Statistical return of the lunatic asylum in Assam - 1912-1932
Year: 1912
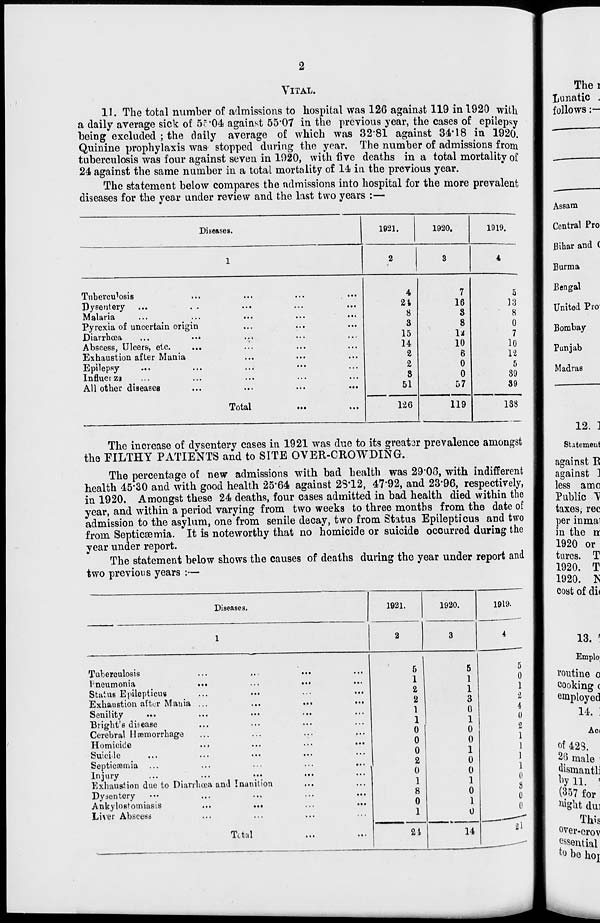
2
VITAL.
11. The total number of admissions to hospital wa9 126 against 119 in 1920 with
a daily average sick of 5c*04 against 55*07 in the previous year, the cases of epilepsy
being excluded ; the daily average of which was 3281 against 34*18 in 1920.
Quinine prophylaxis was stopped during the year. The number of admissions from
tuberculosis was four against seven in 1020, with five deaths in a total mortality of
24 against the same number in a total mortality of 14 in the previous year.
The statement below compares the admissions into hospital for the more prevalent
diseases for the year under review and the last two years :—
Di ceases.
1921.
1920.
1919.
1
2
3
4
Tuberculosis
4
7
5
Dysentery
•. •
...
...
21
16
13
Malaria
i..
,..
...
8
8
" 8
Pyrexia of uncertain origin
•..
...
...
3
8
0
Diarrhoea
...
..*
...
15
1*
7
Abscess, Ulcers, etc.
14
10
10
Exhaustion after Mania
...
...
2
6
12
Epilepsy
•..
...
...
2
0
5
Influer za
.. ■
...
8
0
89
All other diseases
Total
•••
...
51
57
89
126
119
138
The increase of dysentery cases in 1921 w T as due to its greater prevalence amongst
the FILTHY PATIENTS and to SITE OVER-CROWDING.
The percentage of new admissions with bad health was 2908, with indifferent
health 45*30 and with good health 25*64 against 2S\L2, 47*92, and 23*96, respectively,
in 1920. Amongst these 24 deaths, four cases admitted in bad health died within the
year, and within a period varying from two weeks to three months from the date of
admission to the asylum, one from senile decay, two from Status Epilepticus and two
from Septicaemia. It is noteworthy that no homicide or suicide occurred during the
year under report.
The statement below shows the causes of deaths during the year under report and
two previous years :—
Diseases.
1921.
1920.
1919.
1
2
3
4
Tuberculosis
i'neumonia
...
...
..•
Status Epilepticus
Exhaustion after Mania ...
...
...
Senility
Blight's disease
Cerebral Haemorrhage
Homicide
..J
Suicide
...
Septicaemia ...
...
...
...
...
Injury
...
...
• ••
Exhaustion due to Diarrhoea and Inanition
Dysentery
Ankylostomiasis
...
...
Liver Abscess
5
1
2
2
1
1
0
0
0
2
0
1
8
0
1
5
1
1
3
0
1
0
0
1
0
0
1
0
1
0
5
0
1
2
I
0
2
1
1
1
1
0
3
0
0
Tttal
21
14
i\